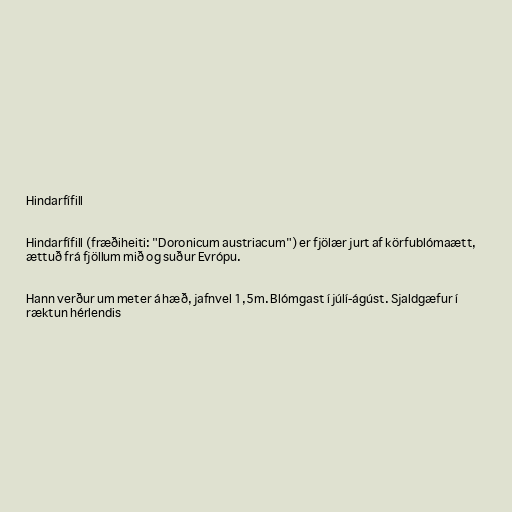
Hindarfífill

Hindarfífill (fræðiheiti: "Doronicum austriacum") er fjölær jurt af körfublómaætt,
ættuð frá fjöllum mið og suður Evrópu.

Hann verður um meter á hæð, jafnvel 1,5m. Blómgast í júlí-ágúst. Sjaldgæfur í
ræktun hérlendis